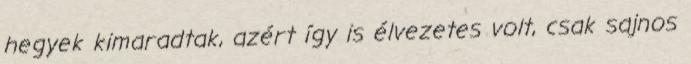
hegyek kimaradtak, azért így is élvezetes volt, csak sajnos